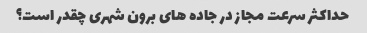
حداکثر سرعت مجاز در جاده های برون شهری چقدر است؟